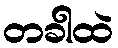
တခါထဲ